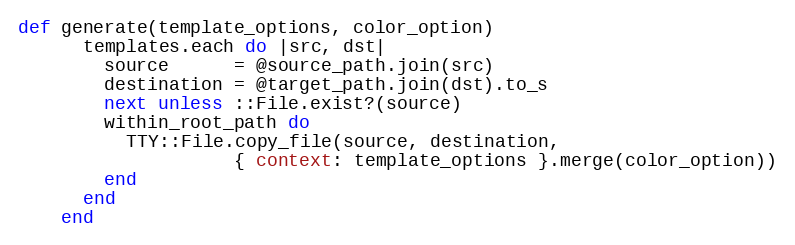
Language: Ruby
def generate(template_options, color_option)
      templates.each do |src, dst|
        source      = @source_path.join(src)
        destination = @target_path.join(dst).to_s
        next unless ::File.exist?(source)
        within_root_path do
          TTY::File.copy_file(source, destination,
                    { context: template_options }.merge(color_option))
        end
      end
    end